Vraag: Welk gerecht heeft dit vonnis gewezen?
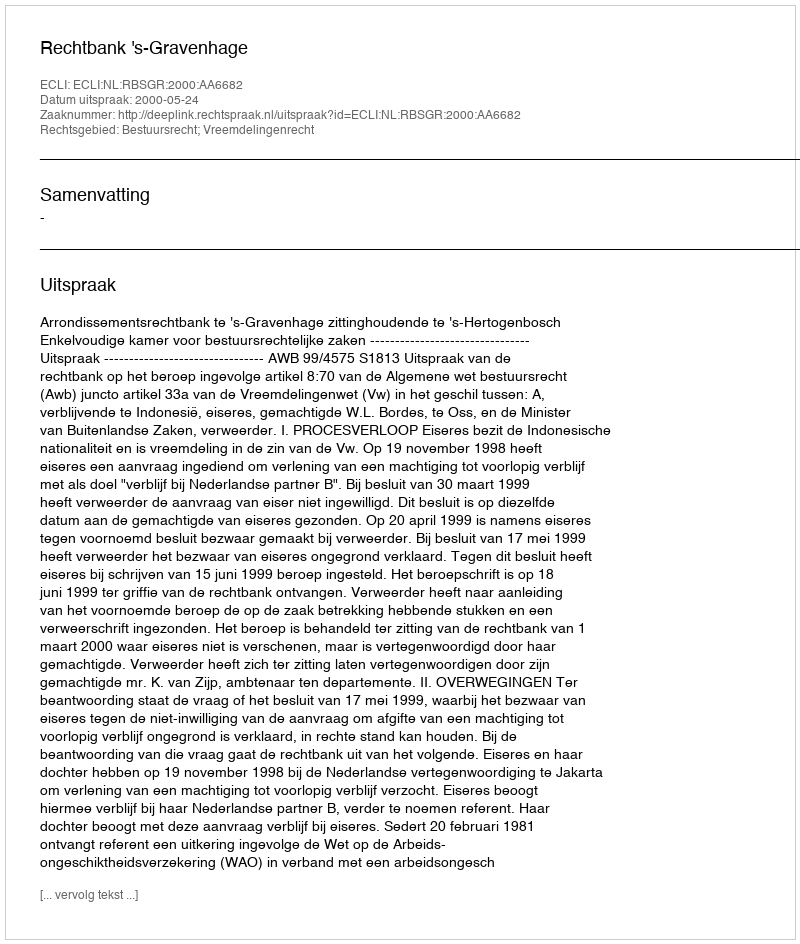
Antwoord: Rechtbank 's-Gravenhage